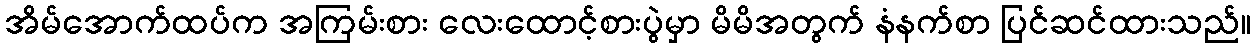
အိမ်အောက်ထပ်က အကြမ်းစား လေးထောင့်စားပွဲမှာ မိမိအတွက် နံနက်စာ ပြင်ဆင်ထားသည်။